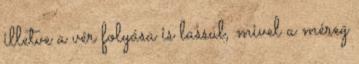
illetve a vér folyása is lassul, mivel a méreg